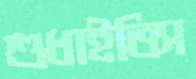
শুধাইতিস